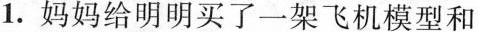
1.妈妈给明明买了一架飞机模型和